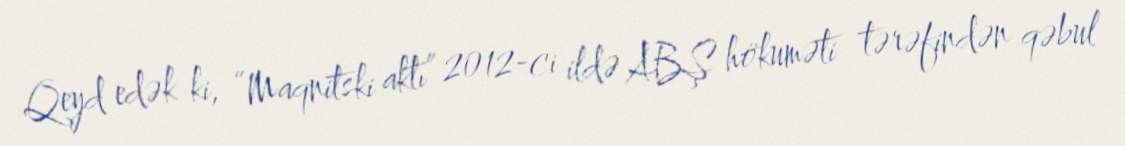
Qeyd edək ki, “Maqnitski aktı” 2012-ci ildə ABŞ hökuməti tərəfindən qəbul